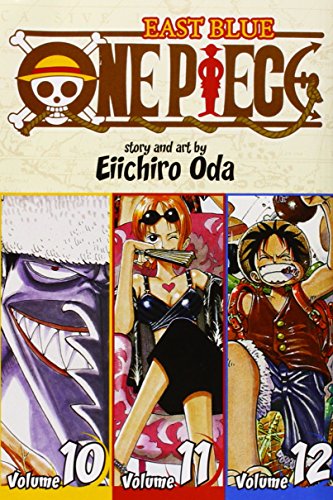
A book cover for One Piece: East Blue 10-11-12; Eiichiro Oda; Comics & Graphic Novels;